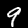
Digit: 9